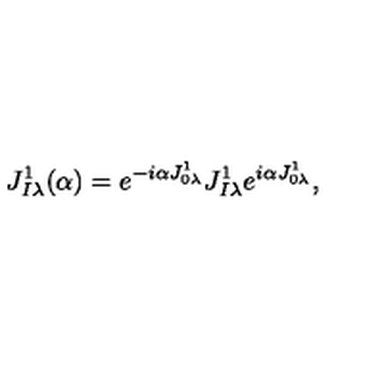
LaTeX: J _ { I \lambda } ^ { 1 } ( \alpha ) = e ^ { - i \alpha J _ { 0 \lambda } ^ { 1 } } J _ { I \lambda } ^ { 1 } e ^ { i \alpha J _ { 0 \lambda } ^ { 1 } } ,